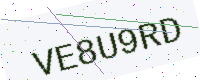
Text: VE8U9RD